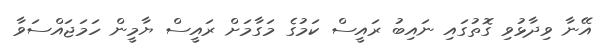
އޭނާ ވިދާޅުވި ގޮތުގައި ނައިބު ރައީސް ކަމުގެ މަގާމަށް ރައީސް ޔާމީން ހަމަޖައްސަވާ